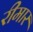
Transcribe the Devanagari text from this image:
रीमार